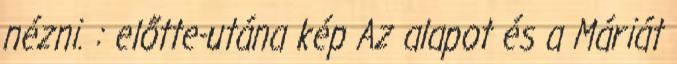
nézni. : előtte-utána kép Az alapot és a Máriát